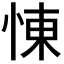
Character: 𢛔